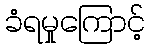
ခံရမှုကြောင့်